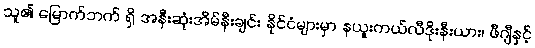
သူ၏ မြောက်ဘက် ရှိ အနီးဆုံးအိမ်နီးချင်း နိုင်ငံများမှာ နယူးကယ်လီဒိုးနီးယား၊ ဖီဂျီနှင့်